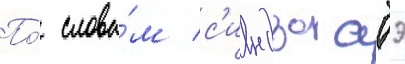
По́ слова́м с'индзо абэ